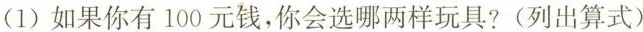
(1)如果你有100元钱，你会选哪两样玩具?(列出算式)